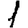
Digit: 1